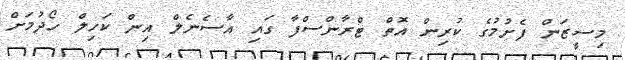
މިސީޒަން ފެށުމުގެ ކުރިން އޮތް ޓްރާންސްފާ ގައި އާސެނެލް އިން ކަހިލް ހޯދުމަށް